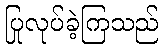
ပြုလုပ်ခဲ့ကြသည်